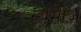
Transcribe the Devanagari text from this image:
स्यमीज़